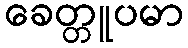
ခေတ္တူပမာ